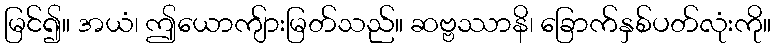
မြင်၍။ အယံ၊ ဤယောကျ်ားမြတ်သည်။ ဆဗ္ဗဿာနိ၊ ခြောက်နှစ်ပတ်လုံးကို။